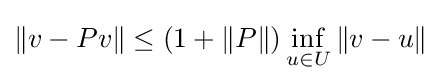
\|v-Pv\|\leq (1+\|P\|)\inf _{u\in U}\|v-u\|